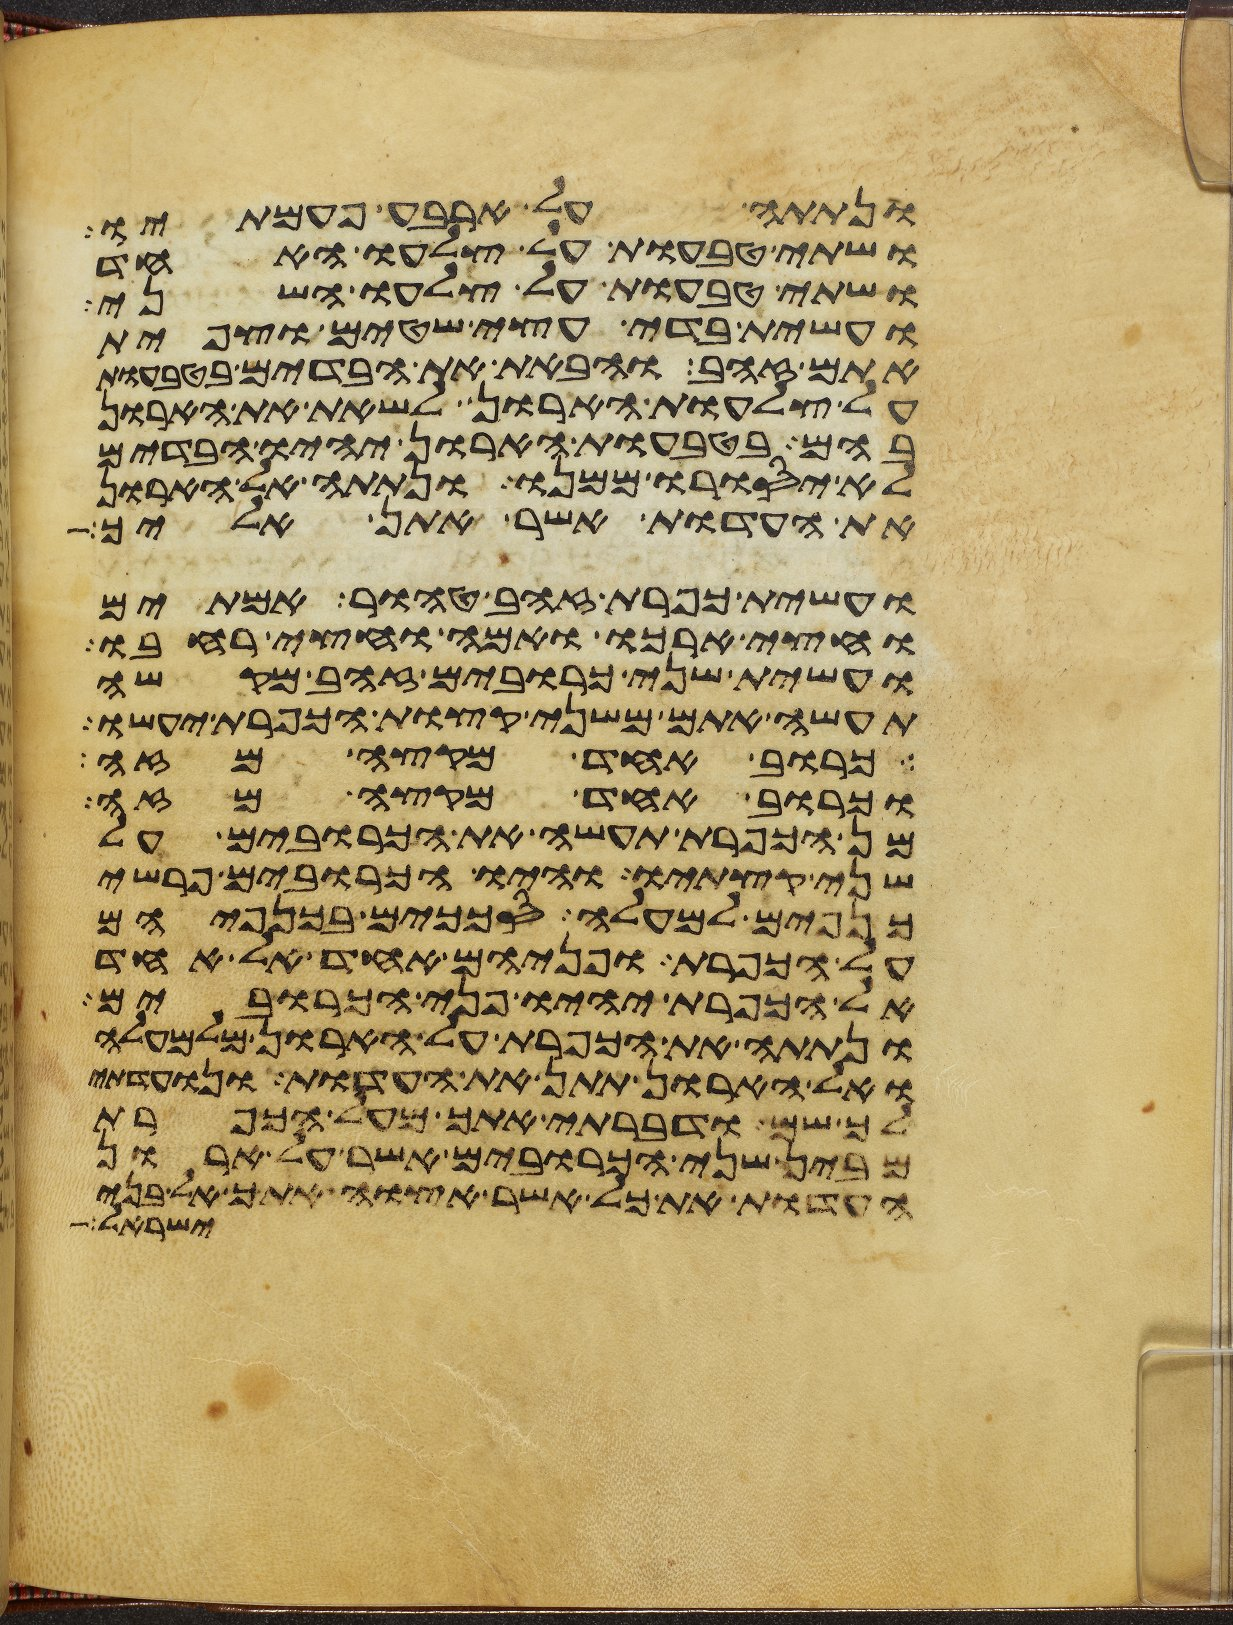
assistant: ונתתה על ארבע פעמתיו
ושתי טבעות על צלעו האחד
ושתי טבעות על צלעו השני
ועשית בדי עצי שטים וצפית
אתם זהב והבאת את הבדים בטבעות
על צלעות הארון לשאת את הארון
בהם בטבעות הארון יהיו הבדים
לא יסורו ממנו ונתתה אל הארון
את העדות אשר אתן אליך
ועשית כפרת זהב טהור אמתים
וחצי ארכו ואמה וחצי רחבו
ועשית שני כרובים זהב מקשה
תעשה אתם משני קצות הכפרת יעשו
כרוב אחד מקצה מזה
וכרוב אחד מקצה מזה
מן הכפרת תעשה את הכרובים על
שני קצתיו והיו הכרובים פרשי
כנפים למעלה סככים בכנפיהם
על הכפרת ופניהם אחד אל אחד
אל הכפרת יהיו פני הכרובים
ונתתה את הכפרת על הארון מלמעלה
ואל הארון תתן את העדות ונועדתי
לך שם ודברתי אתך מעל הכפרת
מבין שני הכרובים אשר על ארון
העדות את כל אשר אצוה אתך אל בני
ישראל